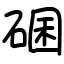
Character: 碅